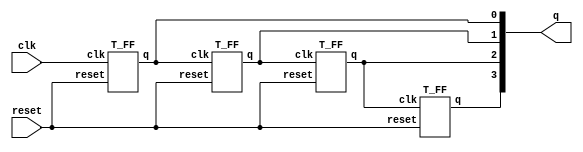
module Ripple_counter (q, clk, reset);
  output [3:0] q;
  input clk, reset;
  //4 instances of the module T_FF are created.
  T_FF tff0 (q[0], clk, reset);
  T_FF tff1 (q[1],q[0], reset);
  T_FF tff2 (q[2],q[1], reset);
  T_FF tff3 (q[3],q[2], reset);
endmodule // Ripple counter

module T_FF (q, clk, reset);
  output q;
  input clk, reset;
  wire d;
  D_FF dff0 (q, d, clk, reset);
  not n1(d, q);
endmodule

module D_FF (q, d, clk, reset);
  output q;
  input d, clk, reset;
  reg q;
  always @(posedge reset or negedge clk)
    if (reset)
      q <= 1'b0;
    else
      q <= d;
endmodule